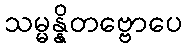
သမ္မန္နိတဗ္ဗောပေ